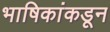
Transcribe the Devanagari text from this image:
भाषिकांकडून